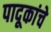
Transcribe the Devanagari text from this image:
पादूकांचे